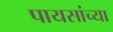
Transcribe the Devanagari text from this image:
पायसांच्या